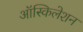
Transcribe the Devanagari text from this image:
ऑस्किलेशन